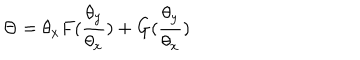
LaTeX: \Theta = \theta _ { x } F ( { \frac { \theta _ { y } } { \theta _ { x } } } ) + G ( { \frac { \theta _ { y } } { \theta _ { x } } } )